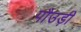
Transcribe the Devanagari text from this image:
पौउड़ी